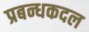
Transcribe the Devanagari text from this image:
प्रबन्धकदल